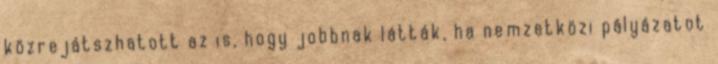
közrejátszhatott az is, hogy jobbnak látták, ha nemzetközi pályázatot